Report on sanitation, dispensaries, and jails in Rajputana for 1920, and on vaccination for the year 1920-1921 - 1920-1921
Year: 1920
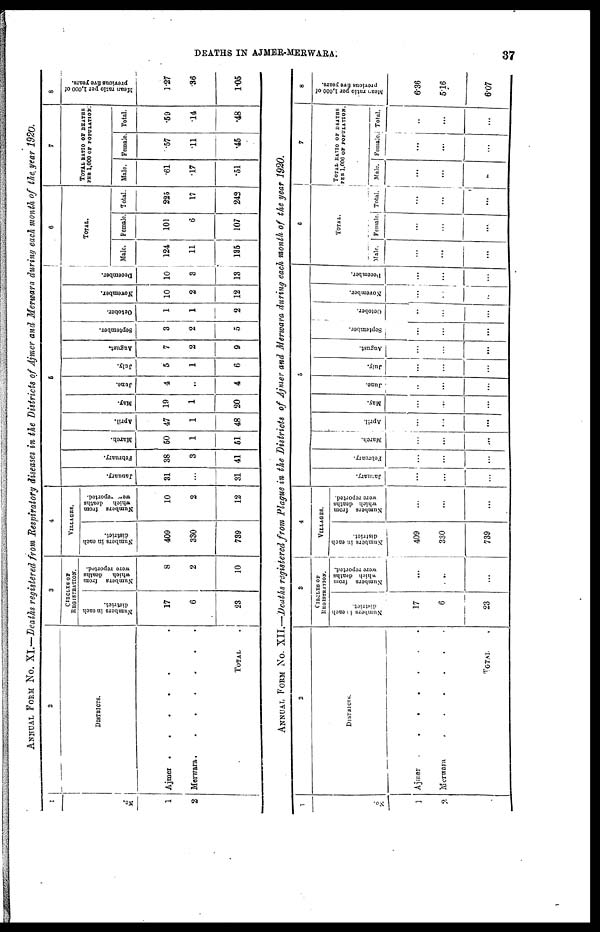
DEATHS IN AJMER-MERWARA.
37
ANNUAL FROM No. XI.—Deaths registered from Respiratory diseases in the districts of Ajmer and Merwara during each month of the year 1920.
1
No.
1
2
2
DISTRICTS.
Ajmer
.
.
.
.
Merwara
.
.
.
TOTAL .
3
CIRCLES OF
REGISTRATION.
Numbers in each
district.
17
6
23
Number from
which deaths
were reported.
8
2
10
4
VILLAGES.
Numbers in each
district.
409
330
739
Numbers from
which deaths
were reported.
10
2
12
5
January.
31
...
31
February.
38
3
41
March.
50
1
51
April.
47
1
48
May.
19
1
20
June.
4
..
4
July.
5
1
6
August.
7
2
9
September.
3
2
5
October.
1
1
2
November.
10
2
12
December.
10
3
13
6
TOTAL.
Male.
124
11
135
Female.
101
6
107
Total.
225
17
242
7
TOTAL RATIO OF DEATHS
PER 1,000 OF POPULATION.
Male.
.61
.17
.51
Female.
.57
.11
.45
Total.
.59
.14
.48
8
Mean ratio per 1,000 of
previous five years.
1.27
.36
1.05
ANNUAL FROM No. XII.—Deaths registered from Plague in the Districts of Ajmer and Merwara during each month of the year 1920.
1
No.
1
2
2
DISTRICTS.
Ajmer
.
.
.
..
Merwara
.
.
.
.
TOTAL . . . .
3
CIRCLES OF
REGISTRATION.
Numbers in each
district.
17
6
23
Numbers from
which deaths
were reported.
...
...
...
4
VILLAGES.
Numbers in each
district.
409
330
739
Numbers from
which deaths
were reported.
...
...
...
5
January.
...
...
...
February.
...
...
...
March.
...
...
...
April.
...
...
...
May.
...
...
...
June.
...
...
...
July.
...
...
...
August.
...
...
...
September.
...
...
...
October.
...
...
...
November.
...
...
...
December.
...
...
...
6
TOTAL.
Male.
...
...
...
Female
...
...
...
Total.
...
...
...
7
TOTAL RATIO OF DEATHS
PER 1,000 OF POPULATION.
Male.
...
...
...
Female
...
...
...
Total.
...
...
...
8
Mean ratio per 1,000 of
previous five years.
6.36
5.16
6.07